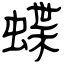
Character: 蝶